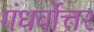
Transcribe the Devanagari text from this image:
गंधर्वोत्तर